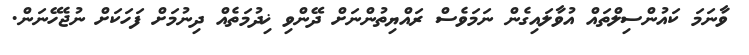
ވާނަމަ ކައުންސިލްތައް އުވާލައިގެން ނަމަވެސް ރައްޔިތުންނަށް ދޭންވި ޚިދުމަތެއް ދިނުމަށް ފަހަކަށް ނުޖެހޭނަން.